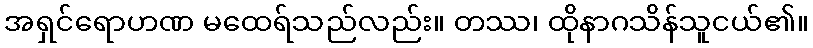
အရှင်ရောဟဏ မထေရ်သည်လည်း။ တဿ၊ ထိုနာဂသိန်သူငယ်၏။